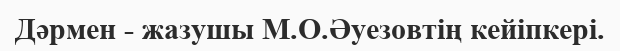
Дәрмен - жазушы М.О.Әуезовтің кейіпкері.